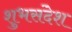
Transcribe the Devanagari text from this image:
शुभसंदेश